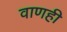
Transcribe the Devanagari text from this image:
वाणही